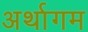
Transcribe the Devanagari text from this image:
अर्थागम